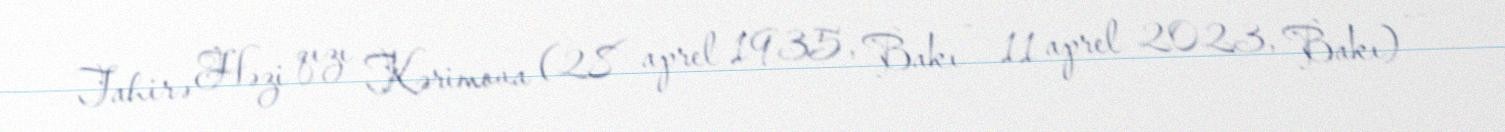
Tahirə Həzi qızı Kərimova (28 aprel 1935, Bakı – 11 aprel 2023, Bakı) —